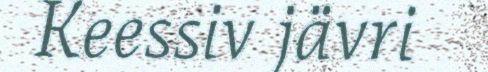
Keessiv jävri